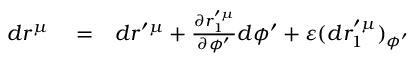
\begin{array} { r l r } { d r ^ { \mu } } & { { } = } & { d r ^ { \prime \mu } + \frac { \partial r _ { 1 } ^ { \prime \mu } } { \partial \phi ^ { \prime } } d \phi ^ { \prime } + \varepsilon ( d r _ { 1 } ^ { \prime \mu } ) _ { \phi ^ { \prime } } } \end{array}